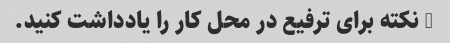
5 نکته برای ترفیع در محل کار را یادداشت کنید.